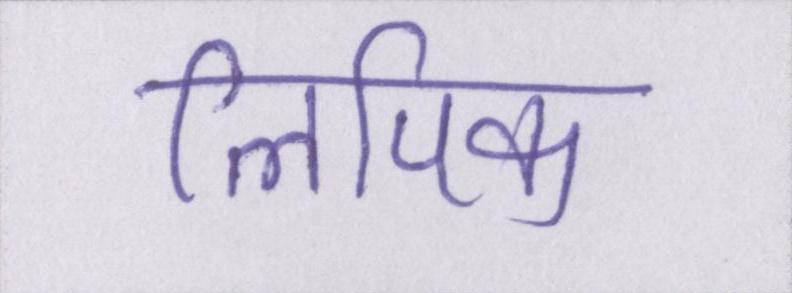
लिपिक